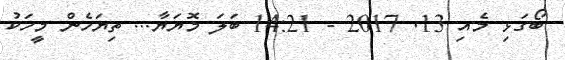
ބޯގަޅި މެއި 13